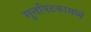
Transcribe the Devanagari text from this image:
सुत्तपिटकामध्ये